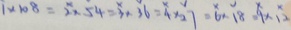
1 \times 1 0 8 = 2 \times 5 4 = 3 \times 3 6 = 4 \times 2 7 = 6 \times 1 8 = 9 \times 1 2